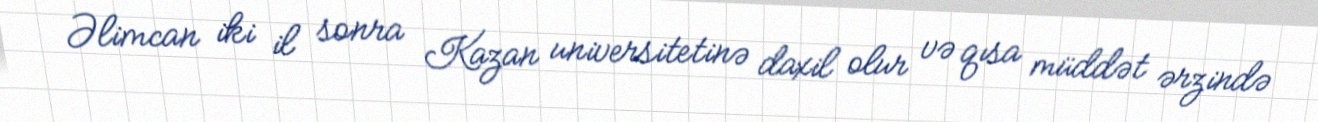
Əlimcan iki il sonra Kazan universitetinə daxil olur və qısa müddət ərzində